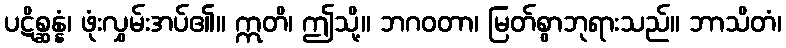
ပဋိစ္ဆန္နံ၊ ဖုံးလွှမ်းအပ်၏။ ဣတိ၊ ဤသို့။ ဘဂဝတာ၊ မြတ်စွာဘုရားသည်။ ဘာသိတံ၊